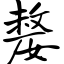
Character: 嫠